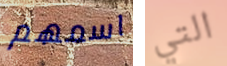
اسمهم التي